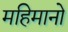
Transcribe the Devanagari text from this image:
महिमानो